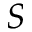
S